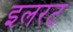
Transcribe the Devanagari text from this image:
इलरट